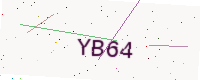
Text: YB64